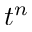
t ^ { n }